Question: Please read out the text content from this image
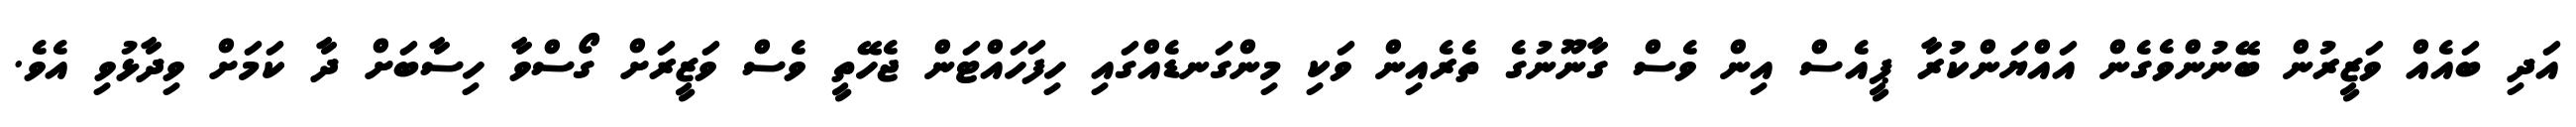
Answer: އަދި ބައެއް ވަޒީރުން ބޭނުންވެގެން އައްޔަންކުރާ ޕީއެސް އިން ވެސް ގާނޫނުގެ ތެރެއިން ވަކި މިންގަނޑެއްގައި ހިފަހައްޓަން ޖެހޭތީ ވެސް ވަޒީރަށް ގޯސްވާ ހިސާބަށް ދާ ކަމަށް ވިދާޅުވި އެވެ.